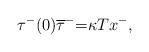
LaTeX: \begin{align*}\tau^{-}(0)\overline{\tau}^{-} {=} \kappa T x^{-},\end{align*}